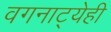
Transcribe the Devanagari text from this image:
वगनाट्येही